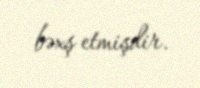
bəxş etmişdir.